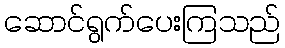
ဆောင်ရွက်ပေးကြသည်